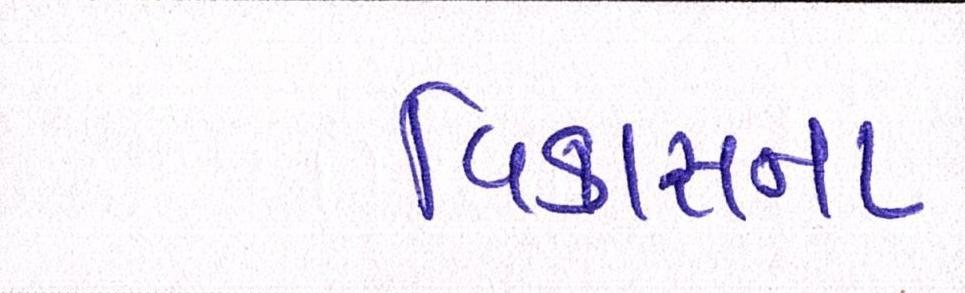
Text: વિકાસના